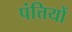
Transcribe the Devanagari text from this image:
पंत्तियों